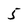
Character: 5